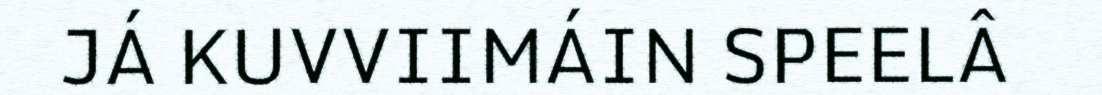
JÁ KUVVIIMÁIN SPEELÂ